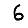
Digit: 6